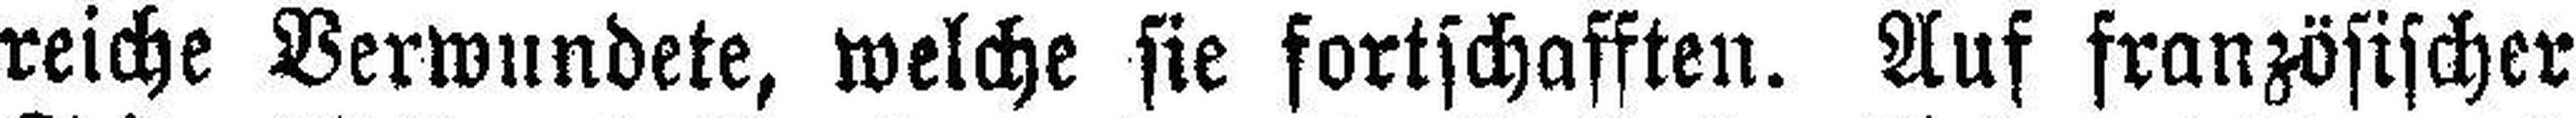
reiche Verwundete, welche sie fortschafften. Auf französischer